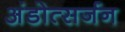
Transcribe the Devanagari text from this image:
अंडोत्सर्जन